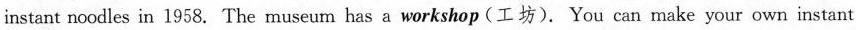
instant noodles in 1958. The museum has a workshop (工坊).You can make your own instant